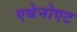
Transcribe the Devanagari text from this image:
एथेनोएट